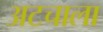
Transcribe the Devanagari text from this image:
अटचाला